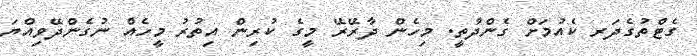
ގެޓްތުގެދަރ ކެއުމަށް ގެންދާތީ. މިހެން ދާރޭރޭ މީގެ ކުރިން އިތުރު މީހެއް ނުގެންދޭވިއްޔަ